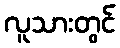
လူသားတွင်